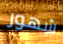
شهور